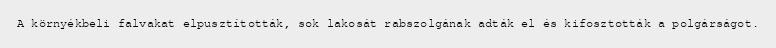
A környékbeli falvakat elpusztították, sok lakosát rabszolgának adták el és kifosztották a polgárságot.